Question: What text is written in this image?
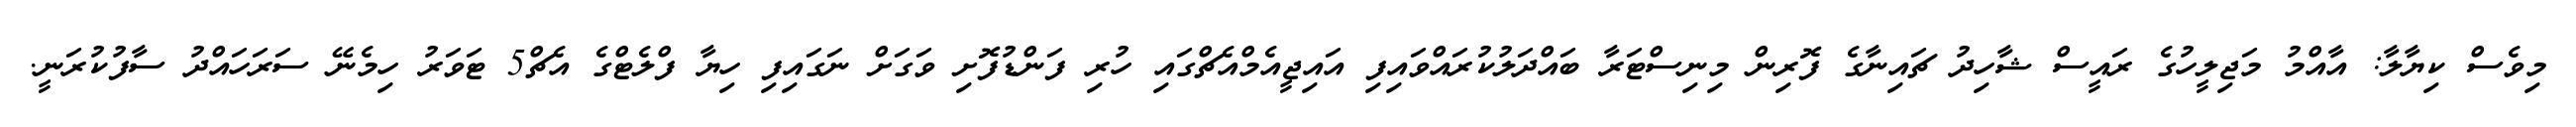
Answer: މިވެސް ކިޔާލާ: އާއްމު މަޖިލީހުގެ ރައީސް ޝާހިދު ޗައިނާގެ ފޮރިން މިނިސްޓަރާ ބައްދަލުކުރައްވައިފި އައިޖީއެމްއެޗްގައި ހުރި ފަންޑުފޮށި ވަގަށް ނަގައިފި ހިޔާ ފްލެޓްގެ އެޗް5 ޓަވަރު ހިމެނޭ ސަރަހައްދު ސާފުކުރަނީ.